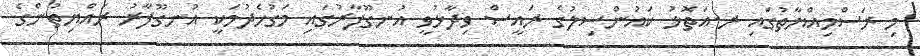
މި ރަސްމިއްޔާތުގައި ރ.އަތޮޅު ކައުންސިލުގެ ރައީސް ވިދާޅުވީ އުނގޫފާރުގައި މަގުހެދުމަކީ އުނގޫފާރު ރައްޔިތުންގެ